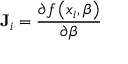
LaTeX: \mathbf { J } _ { i } = { \frac { \partial f \left( x _ { i } , { \boldsymbol { \beta } } \right) } { \partial { \boldsymbol { \beta } } } }